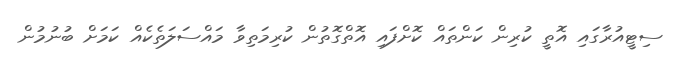
ސިޓީއުރާގައި އޮތީ ކުރިން ކަންތައް ކޮށްފައި އޮތްގޮތުން ކުރިމަތިވާ މައްސަލަތެކެއް ކަމަށް ބުނުމުން